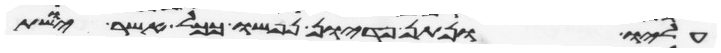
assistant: עליו ונתן פדיון נפשו ככל אשר יושת